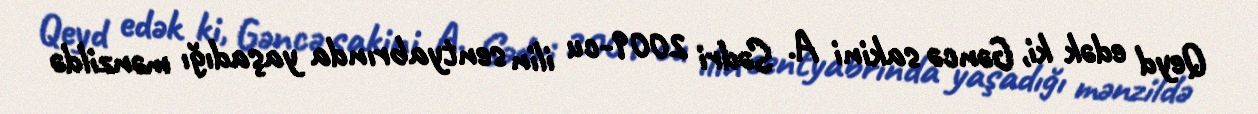
Qeyd edək ki, Gəncə sakini A. Sədri 2009-cu ilin sentyabrında yaşadığı mənzildə